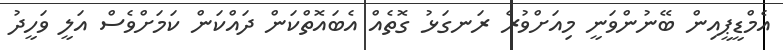
އެމްޑީޕީއިން ބޭނުންވަނީ މިއަށްވުރެ ރަނގަޅު ގޮތެއް އެބައޮތްކަން ދައްކަން ކަމަށްވެސް އަލީ ވަހީދު